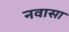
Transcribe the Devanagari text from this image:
नवासा